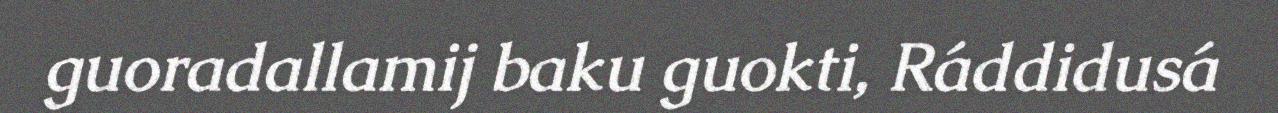
guoradallamij baku guokti, Ráddidusá